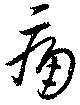
痛